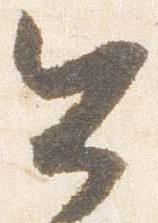
公